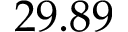
2 9 . 8 9